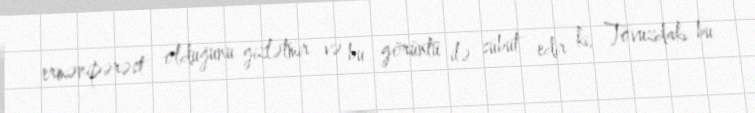
ermənipərəst olduğunu gizlətmir və bu görüntü ilə sübut edir ki, Tovuzdakı bu